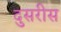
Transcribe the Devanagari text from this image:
दुसरीस